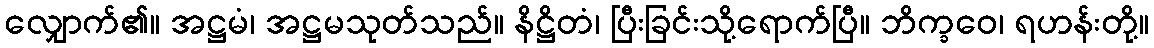
လျှောက်၏။ အဋ္ဌမံ၊ အဋ္ဌမသုတ်သည်။ နိဋ္ဌိတံ၊ ပြီးခြင်းသို့ရောက်ပြီ။ ဘိက္ခဝေ၊ ရဟန်းတို့။